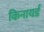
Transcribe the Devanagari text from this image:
किनायर्ड